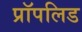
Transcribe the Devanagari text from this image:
प्रॉपलिड